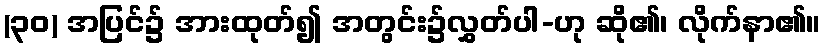
(၃၀) အပြင်၌ အားထုတ်၍ အတွင်း၌လွှတ်ပါ-ဟု ဆို၏၊ လိုက်နာ၏။